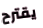
يقترح